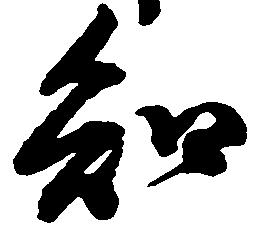
知